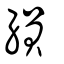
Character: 縜